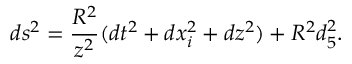
d s ^ { 2 } = { \frac { R ^ { 2 } } { z ^ { 2 } } } ( d t ^ { 2 } + d x _ { i } ^ { 2 } + d z ^ { 2 } ) + R ^ { 2 } d \O _ { 5 } ^ { 2 } .